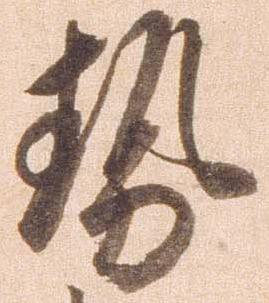
勢